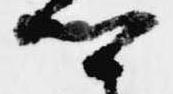
卿